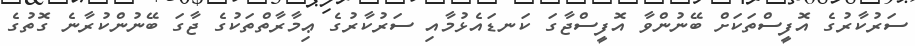
ސަރުކާރުގެ އޮފީސްތަކަށް ބޭނުންވާ އޮފީސްޖާގަ ކަނޑައެޅުމާއި ސަރުކާރުގެ ޢިމާރާތްތަކުގެ ޖާގަ ބޭނުންކުރާނެ ގޮތުގެ